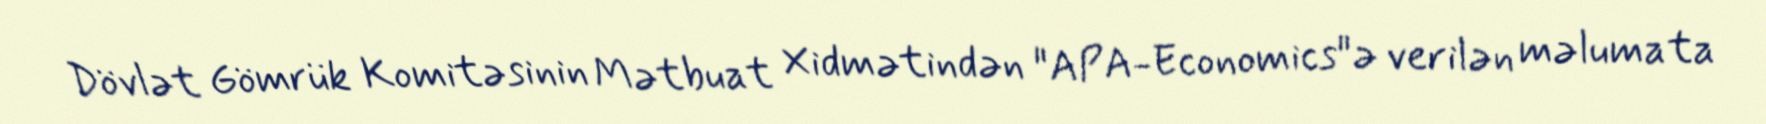
Dövlət Gömrük Komitəsinin Mətbuat Xidmətindən "APA-Economics"ə verilən məlumata